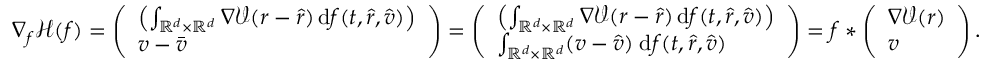
\nabla _ { f } \mathcal H ( f ) = \left( \begin{array} { l } { \left( \int _ { \mathbb R ^ { d } \times \mathbb R ^ { d } } \nabla \mathcal V ( r - \hat { r } ) \, \mathrm d f ( t , \hat { r } , \hat { v } ) \right) } \\ { v - \bar { v } } \end{array} \right) = \left( \begin{array} { l } { \left( \int _ { \mathbb R ^ { d } \times \mathbb R ^ { d } } \nabla \mathcal V ( r - \hat { r } ) \, \mathrm d f ( t , \hat { r } , \hat { v } ) \right) } \\ { \int _ { \mathbb R ^ { d } \times \mathbb R ^ { d } } ( v - \hat { v } ) \; \mathrm d f ( t , \hat { r } , \hat { v } ) } \end{array} \right) = f \ast \left( \begin{array} { l } { \nabla \mathcal V ( r ) } \\ { v } \end{array} \right) .